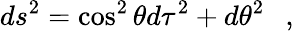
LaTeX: ds^{2}=\cos^{2}\theta d\tau^{2}+d\theta^{2}~~~,